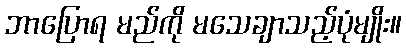
ဘာပြောရ မည်ကို မသေချာသည့်ပုံမျိုး။